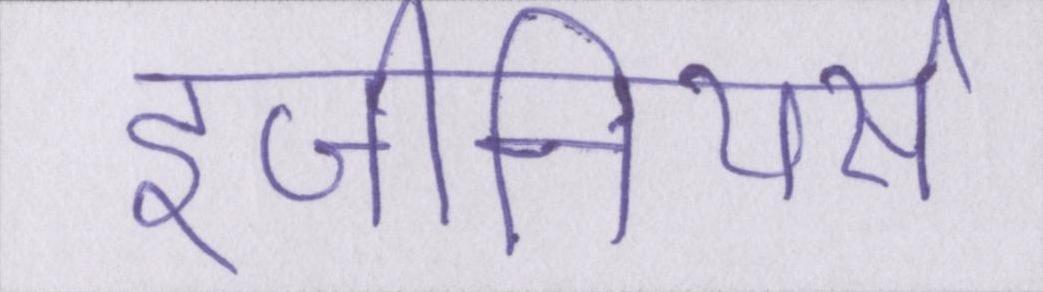
इंजीनियर्स